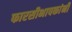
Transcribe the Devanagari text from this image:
फारसीभाषकांनी